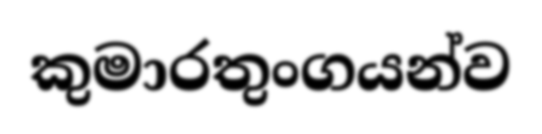
කුමාරතුංගයන්ව